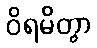
ဝိရမိတွာ